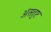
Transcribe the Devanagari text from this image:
अंसतुष्ट